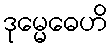
ဒုမ္မေဓေဟိ